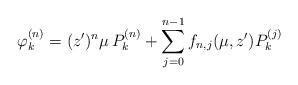
LaTeX: \begin{align*}\varphi_k^{(n)}=(z')^n \mu \, P_k^{(n)}+ \sum_{j=0}^{n-1} f_{n,j}(\mu,z') P^{(j)}_k\end{align*}